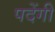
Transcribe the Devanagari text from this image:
पदेंगी